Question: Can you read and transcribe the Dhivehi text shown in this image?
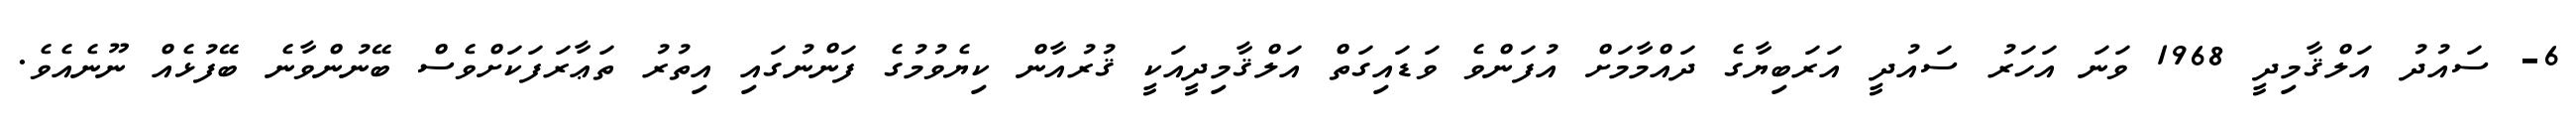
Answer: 6- ސައުދު އަލްޤާމިދީ 1968 ވަނަ އަހަރު ސައުދީ އަރަބިޔާގެ ދައްމާމަށް އުފަންވެ ވަޑައިގަތް އަލްޤާމިދީއަކީ ޤުރުއާން ކިޔެވުމުގެ ފަންނުގައި އިތުރު ތަޢާރަފަކަށްވެސް ބޭނުންވާނެ ބޭފުޅެއް ނޫނެއެވެ.